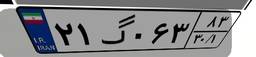
۲۱گ۰۶۳۸۳